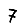
Digit: 7